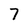
Character: 7